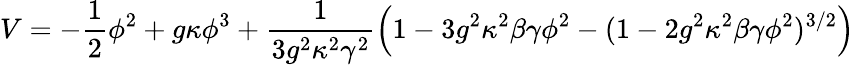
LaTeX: V=-\frac{1}{2}\phi^{2}+g\kappa\phi^{3}+\frac{1}{3g^{2}\kappa^{2}\gamma^{2}}\left(1-3g^{2}\kappa^{2}\beta\gamma\phi^{2}-(1-2g^{2}\kappa^{2}\beta\gamma\phi^{2})^{3/2}\right)